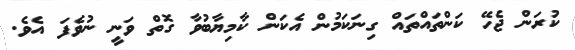
ކުރަން ޖެހޭ ކަންތައްތައް ގިނަކަމުން އެކަން ކާމިޔާބުވާ ގޮތް ވަނީ ނުވެފަ އެވެ.